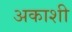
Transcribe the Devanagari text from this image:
अकाशी